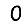
Digit: 0